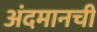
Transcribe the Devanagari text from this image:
अंदमानची